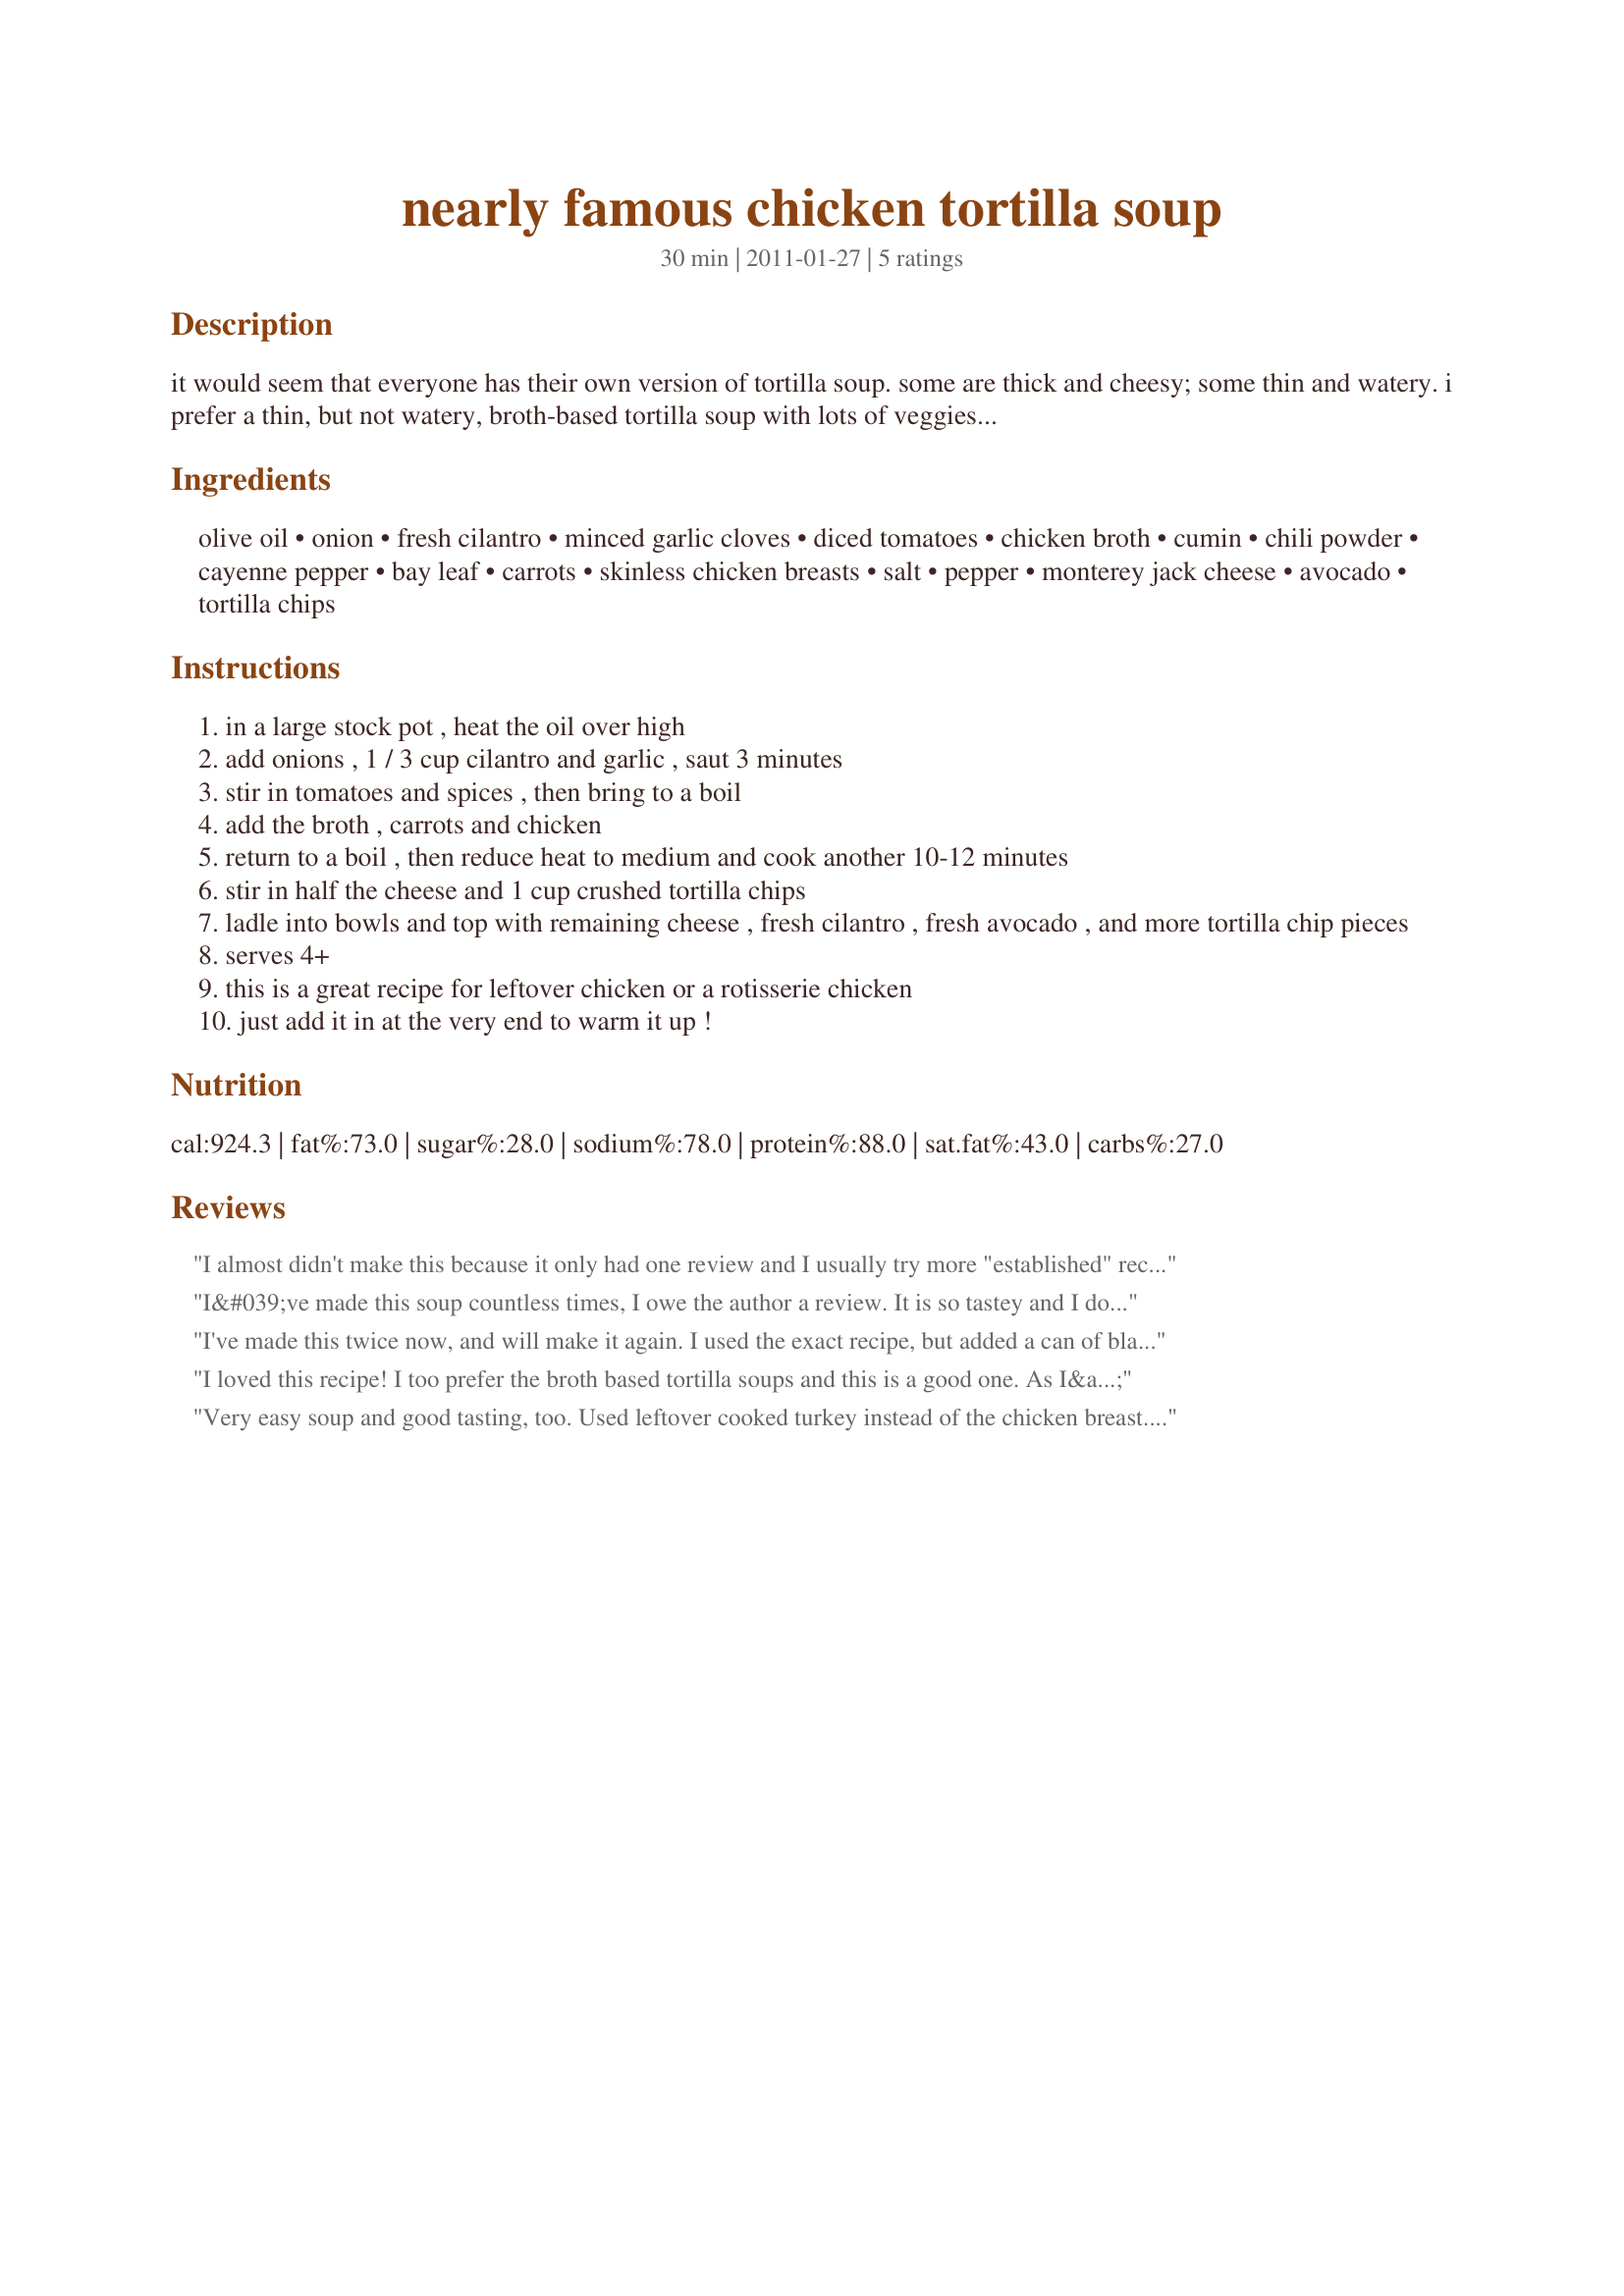
nearly famous chicken tortilla soup
Preparation time: 30 minutes

it would seem that everyone has their own version of tortilla soup. some are thick and cheesy; some thin and watery. i prefer a thin, but not watery, broth-based tortilla soup with lots of veggies and toppings. i developed this recipe years ago and would venture to say it is my most requested recipe. both to personal friends or blog readers, i email this recipe constantly!
so here it is, asp’s nearly famous chicken tortilla soup, have at it!

Ingredients:
olive oil, onion, fresh cilantro, minced garlic cloves, diced tomatoes, chicken broth, cumin, chili powder, cayenne pepper, bay leaf, carrots, skinless chicken breasts, salt, pepper, monterey jack cheese, avocado, tortilla chips

Steps:
in a large stock pot , heat the oil over high
add onions , 1 / 3 cup cilantro and garlic , saut 3 minutes
stir in tomatoes and spices , then bring to a boil
add the broth , carrots and chicken
return to a boil , then reduce heat to medium and cook another 10-12 minutes
stir in half the cheese and 1 cup crushed tortilla chips
ladle into bowls and top with remaining cheese , fresh cilantro , fresh avocado , and more tortilla chip pieces
serves 4+
this is a great recipe for leftover chicken or a rotisserie chicken
just add it in at the very end to warm it up !

Reviews:
I almost didn't make this because it only had one review and I usually try more "established" recipes. But it was quick and easy and I had all of the ingredients. My husband and I agree that it is the best chicken tortilla soup we've ever had. And I paid my very picky daughter a buck to try it (because otherwise she wouldn't have) and she actually went back for more! We will be making this again!
I&#039;ve made this soup countless times, I owe the author a review. It is so tastey and I don&#039;t change a single thing about the recipe. It comes together very quickly with a rotisserie chicken. I often make this recipe on my grocery shopping day because I can bring home a chicken and it&#039;s easy to throw together in 30 min. Wish I could give this recipe an extra star!
I've made this twice now, and will make it again. I used the exact recipe, but added a can of black beans and a can of hominy. Turns out perfect.
I loved this recipe! I too prefer the broth based tortilla soups and this is a good one. As I&#039;m not a huge fan of tomatoes, I replaced with a 29 oz can of white hominy. Also, I picked up a rotisserie chicken on sale, not realizing that it was a lemon pepper one. The soup was perfect. I loved the cumin flavor with the crisp hominy. I will make this one again, and soon!
Very easy soup and good tasting, too. Used leftover cooked turkey instead of the chicken breast. Made for New Kid on the Block Tag.
